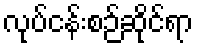
လုပ်ငန်းစဉ်ဆိုင်ရာ